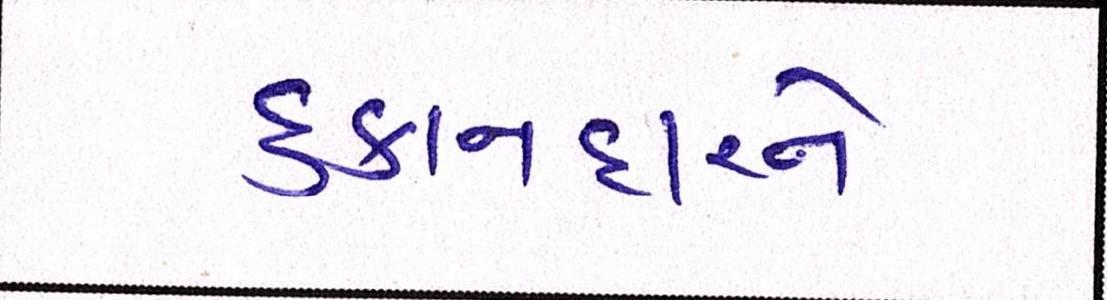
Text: દુકાનદારને